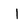
Character: I